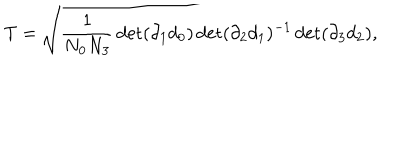
T = \sqrt { \frac { 1 } { N _ { 0 } N _ { 3 } } \det ( \partial _ { 1 } d _ { 0 } ) \det ( \partial _ { 2 } d _ { 1 } ) ^ { - 1 } \det ( \partial _ { 3 } d _ { 2 } ) } ,